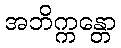
အဘိက္ကန္တော